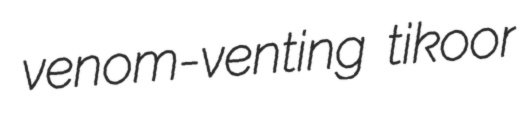
venom-venting tikoor